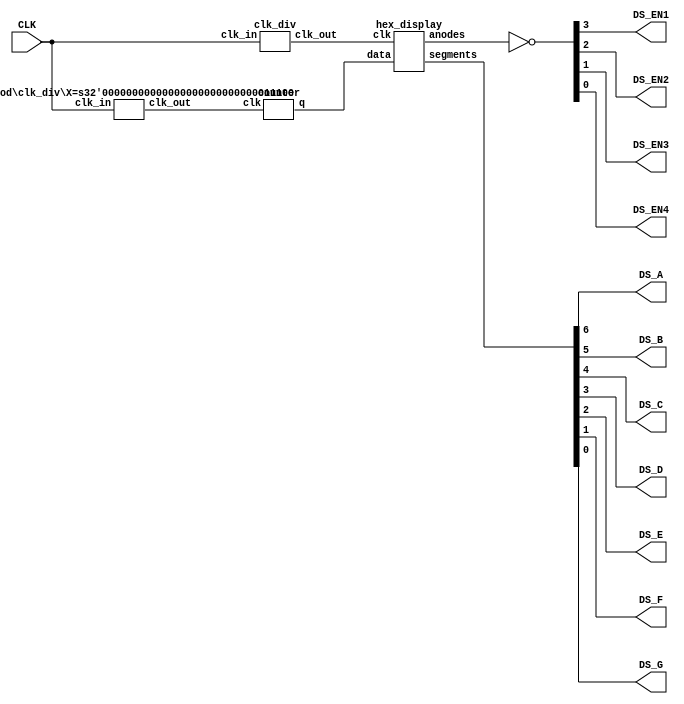
module indicator(
    input CLK,
    output DS_EN1, DS_EN2, DS_EN3, DS_EN4,
    output DS_A, DS_B, DS_C, DS_D, DS_E, DS_F, DS_G
);

wire [15:0]d;
wire [3:0]anodes;

assign {DS_EN1, DS_EN2, DS_EN3, DS_EN4} = ~anodes;

wire [6:0]segments;

assign {DS_A, DS_B, DS_C, DS_D, DS_E, DS_F, DS_G} = segments;

clk_div clk_div(.clk_in(CLK), .clk_out(clk2));
clk_div #(.X(28)) clk_div2(.clk_in(CLK), .clk_out(clk3));

hex_display hd(.clk(clk2), .data(d), .anodes(anodes), .segments(segments));
counter counter(.clk(clk3), .q(d));

endmodule




module counter(
     input clk,
     output reg [15:0]q
);

always @(posedge clk) begin
    q <= q + 4'h1; 
end

endmodule



module clk_div #(parameter X = 14)(
    input clk_in,
    output clk_out
);

reg [X-1:0]cnt = 0;

assign clk_out = cnt[X-1];

always @(posedge clk_in) begin
    cnt <= cnt + 1;
end

endmodule




module hex_display(
    input clk,
    input [15:0]data,
    output [3:0]anodes,
    output [6:0]segments
);

reg [1:0]i = 0;

assign anodes = (4'b1 << i);

always @(posedge clk) begin
    i <= i + 2'b1;
end

wire [3:0]b = data[i * 4 +: 4];

hex_to_seg hex_to_seg(.data(b), .segments(segments));

endmodule




module hex_to_seg(
    input [3:0]data,
    output reg [6:0]segments
);

always @(*) begin
    case (data)
        4'h0: segments = 7'b1111110;
        4'h1: segments = 7'b0110000;
        4'h2: segments = 7'b1101101;
        4'h3: segments = 7'b1111001;
        4'h4: segments = 7'b0110011;
        4'h5: segments = 7'b1011011;
        4'h6: segments = 7'b1011111;
        4'h7: segments = 7'b1110000;
        4'h8: segments = 7'b1111111;
        4'h9: segments = 7'b1111011;
        4'hA: segments = 7'b1110111;
        4'hB: segments = 7'b0011111;
        4'hC: segments = 7'b1001110;
        4'hD: segments = 7'b0111101;
        4'hE: segments = 7'b1101111;
        4'hF: segments = 7'b1000111;
    endcase
end

endmodule